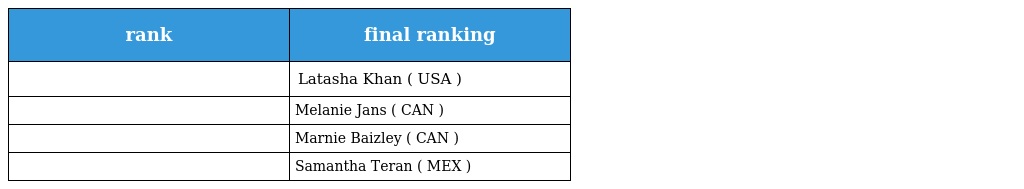
| rank | final ranking |
 | --- | --- |
 |  | Latasha Khan ( USA ) |
 |  | Melanie Jans ( CAN ) |
 |  | Marnie Baizley ( CAN ) |
 |  | Samantha Teran ( MEX ) |